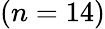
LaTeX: (n=14)